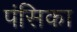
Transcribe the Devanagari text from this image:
पंसिका